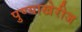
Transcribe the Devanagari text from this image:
पुण्याखेरीज